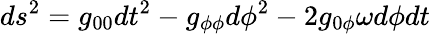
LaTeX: ds^{2}=g_{00}dt^{2}-g_{\phi\phi}d\phi^{2}-2g_{0\phi}\omega d\phi dt